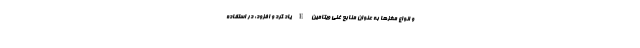
و انواع مغزها به عنوان منابع غنی ویتامین E یاد کرد و افزود: در استفاده